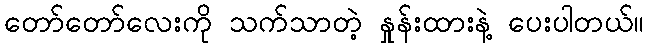
တော်တော်လေးကို သက်သာတဲ့ နှုန်းထားနဲ့ ပေးပါတယ်။